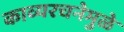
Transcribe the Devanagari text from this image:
काव्यरचनेमुळे